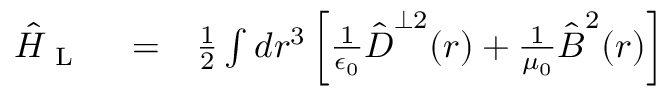
\begin{array} { r l r } { \hat { H } _ { \mathrm { ~ L ~ } } } & { { } = } & { \frac { 1 } { 2 } \int d \boldsymbol r ^ { 3 } \left[ \frac { 1 } { \epsilon _ { 0 } } \hat { \boldsymbol D } ^ { \perp 2 } ( \boldsymbol r ) + \frac { 1 } { \mu _ { 0 } } \hat { \boldsymbol B } ^ { 2 } ( \boldsymbol r ) \right] } \end{array}